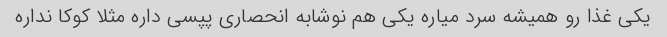
یکی غذا رو همیشه سرد میاره یکی هم نوشابه انحصاری پپسی داره مثلا کوکا نداره